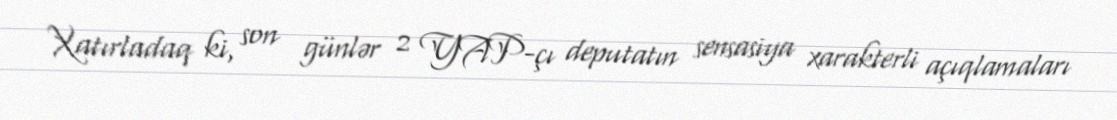
Xatırladaq ki, son günlər 2 YAP-çı deputatın sensasiya xarakterli açıqlamaları